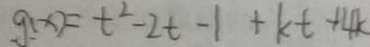
g ( x ) = t ^ { 2 } - 2 t - 1 + k t + 4 k